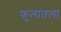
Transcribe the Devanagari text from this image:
फुलांतला